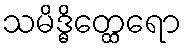
သမိဒ္ဓိတ္ထေရော